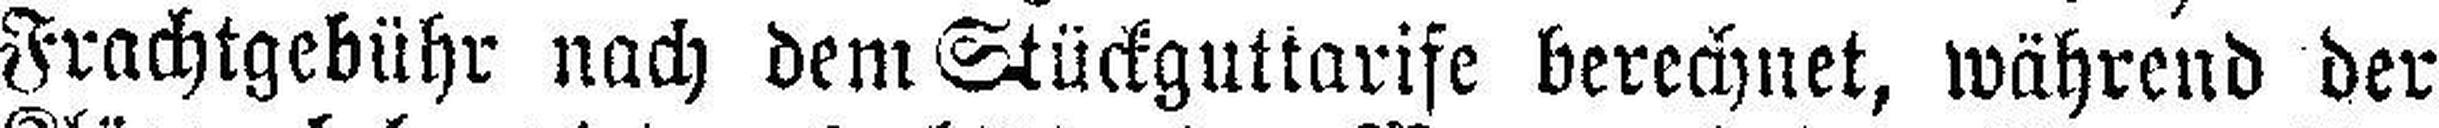
Frachtgebühr nach dem Stückguttarife berechnet, während der